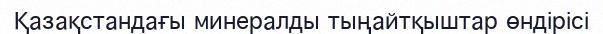
Қазақстандағы минералды тыңайтқыштар өндірісі